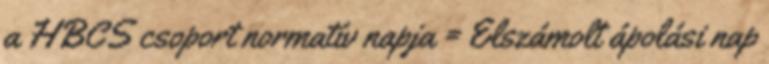
a HBCS csoport normatív napja = Elszámolt ápolási nap